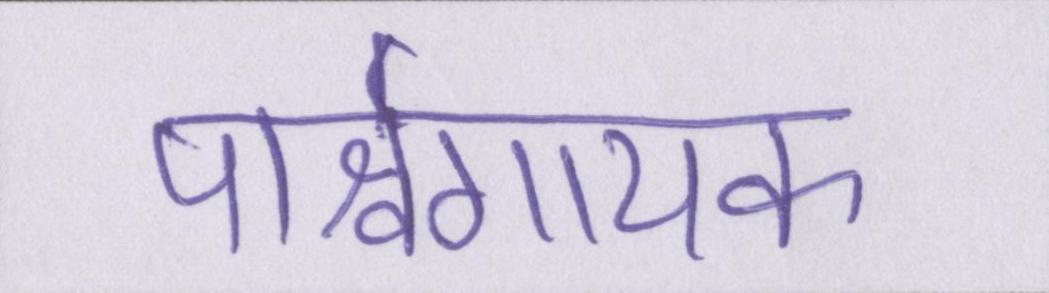
पार्श्वगायक